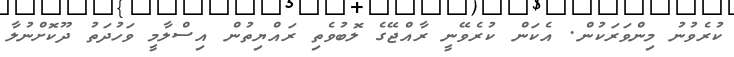
ކުރެވުނު މިންވަރަކުން. އެކަން ކުރެވޭނީ ރާއްޖޭގެ ލޮބުވެތި ރައްޔިތުން އިސްލާމީ ވަހުދަތު ދޫކޮށްނުލާ